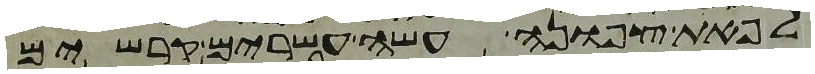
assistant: לפאת צפונה עשה עשרים קרשים